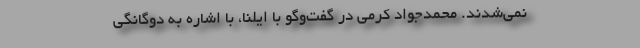
نمی‌شدند. محمدجواد کرمی در گفت‌وگو با ایلنا، با اشاره به دوگانگی